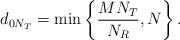
LaTeX: \begin{align*}d_{0N_T}=\min\left\{\frac{MN_T}{N_R},N\right\}.\end{align*}